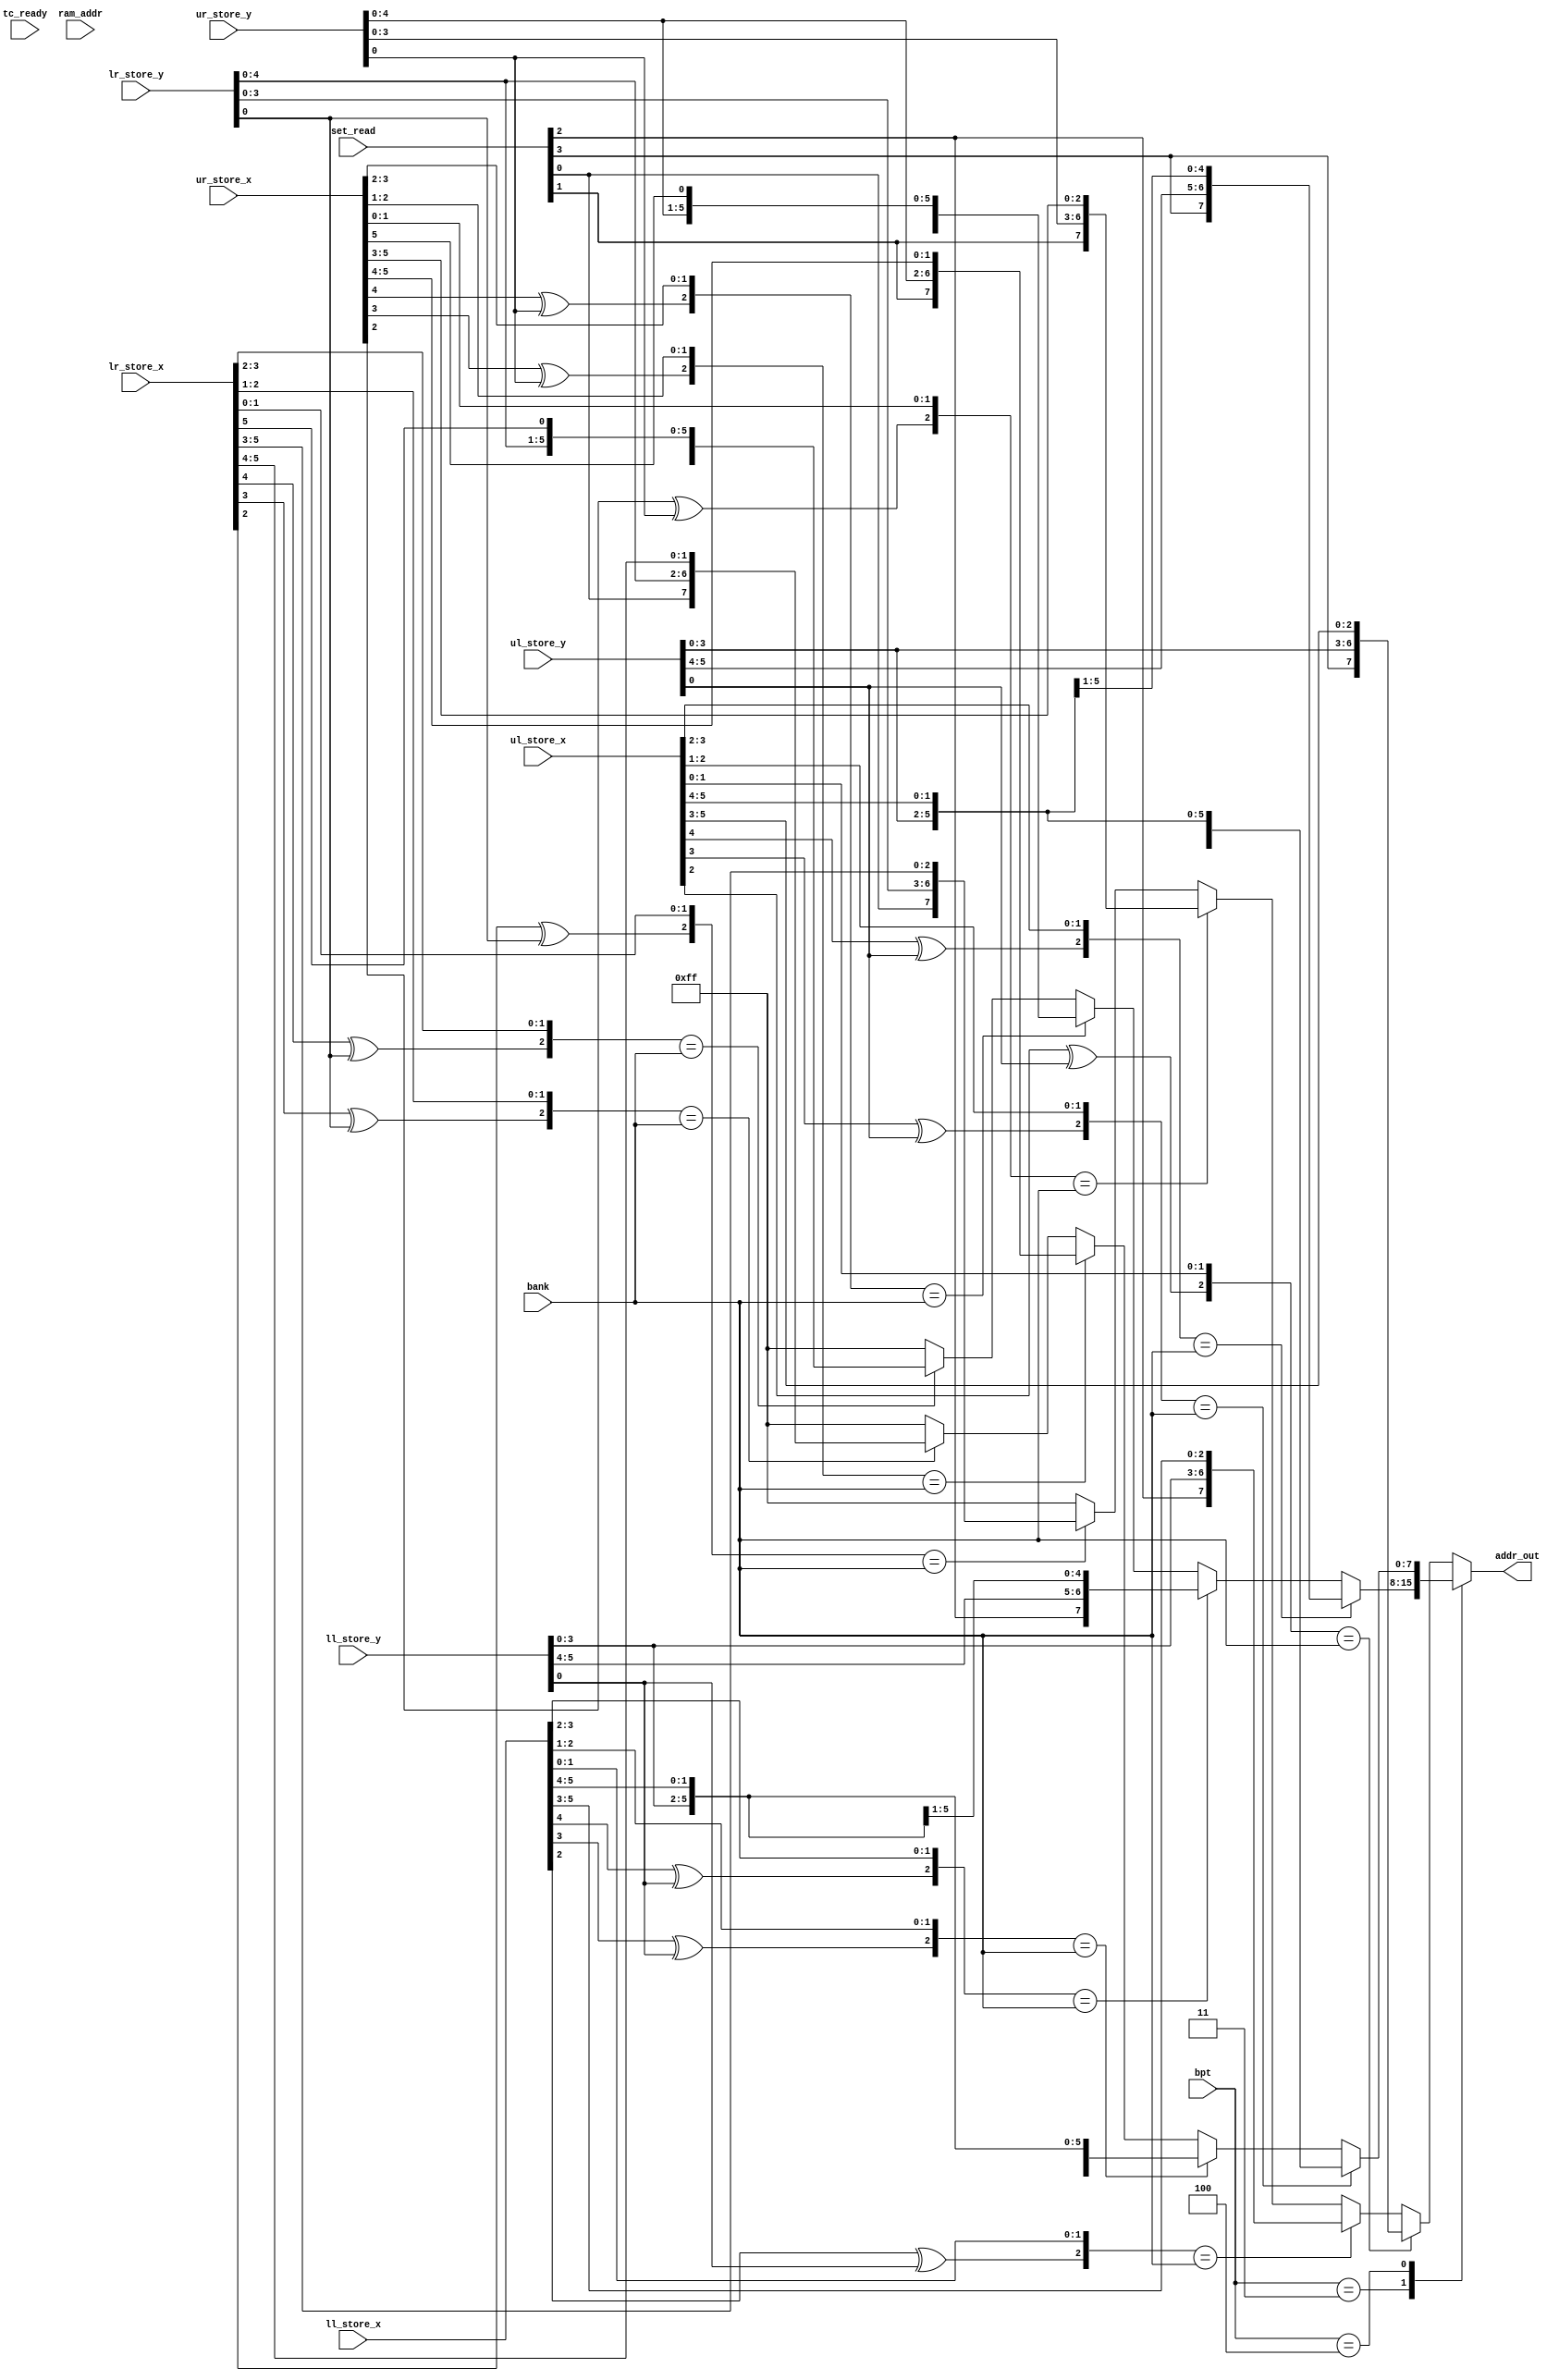
module de3d_tc_mem_if_addr
	(
	input	[8:0]	ul_store_x,	/* UL x address				*/
	input	[8:0]	ul_store_y,	/* UL y address				*/
	input	[8:0]	ll_store_x,	/* LL x address				*/
	input	[8:0]	ll_store_y,	/* LL y address				*/
	input	[8:0]	ur_store_x,	/* UR x address				*/
	input	[8:0]	ur_store_y,	/* UR y address				*/
	input	[8:0]	lr_store_x,	/* LR x address				*/
	input	[8:0]	lr_store_y,	/* LR y address				*/
	input   [2:0]   bank,           /* Bank of ram that we are addressing   */
	input   [2:0]   bpt,            /* Texture map size                     */
	input		tc_ready,	/* Texture cache in read mode		*/
	input	[7:0]	ram_addr,	/* address for exact mode		*/
	input	[3:0]	set_read,	/* selects which set to read.		*/

	output reg	[7:0]	addr_out	/* address to specified RAM		*/
	);

wire           ul_lru_read = set_read[3];
wire           ll_lru_read = set_read[2];
wire           ur_lru_read = set_read[1];
wire           lr_lru_read = set_read[0];

always @* begin
     	case (bpt) /* synopsys parallel_case */
        	/* access a memory location *********************************************/
        	/* 1 bpt ****************************************************************/
        	/* 2 bpt ****************************************************************/
                /* 4 bpt ****************************************************************/
        	/* 8 bpt ****************************************************************/
        	3'h3: 	begin
          			if ({(ul_store_x[4] ^ ul_store_y[0]),ul_store_x[3:2]} == bank) 
					addr_out={ul_lru_read,ul_store_y[5:0],ul_store_x[5]};
          			else if ({(ll_store_x[4] ^ ll_store_y[0]),ll_store_x[3:2]} == bank) 
					addr_out={ll_lru_read,ll_store_y[5:0],ll_store_x[5]};
          			else if ({(ur_store_x[4] ^ ur_store_y[0]),ur_store_x[3:2]} == bank) 
					addr_out={ur_lru_read,ur_store_y[5:0],ur_store_x[5]};
          			else if ({(lr_store_x[4] ^ lr_store_y[0]),lr_store_x[3:2]} == bank) 
					addr_out={lr_lru_read,lr_store_y[5:0],lr_store_x[5]};
				else addr_out = 8'hff;

        		end
        	/* 16 bpt ***************************************************************/
        	3'h4: 	begin
          			if ({(ul_store_x[3] ^ ul_store_y[0]),ul_store_x[2:1]} == bank) 
					addr_out={ul_lru_read,ul_store_y[4:0],ul_store_x[5:4]};

          			else if ({(ll_store_x[3] ^ ll_store_y[0]),ll_store_x[2:1]} == bank) 
					addr_out={ll_lru_read,ll_store_y[4:0],ll_store_x[5:4]};

          			else if ({(ur_store_x[3] ^ ur_store_y[0]),ur_store_x[2:1]} == bank) 
					addr_out={ur_lru_read,ur_store_y[4:0],ur_store_x[5:4]};

          			else if ({(lr_store_x[3] ^ lr_store_y[0]),lr_store_x[2:1]} == bank) 
					addr_out={lr_lru_read,lr_store_y[4:0],lr_store_x[5:4]};

				else addr_out = 8'hff;
        		end
        	/* 32 bpt ***************************************************************/
        	default:
        	 	begin
          			if ({(ul_store_x[2] ^ ul_store_y[0]),ul_store_x[1:0]} == bank) 
					addr_out={ul_lru_read,ul_store_y[3:0],ul_store_x[5:3]};

          			else if ({(ll_store_x[2] ^ ll_store_y[0]),ll_store_x[1:0]} == bank) 
					addr_out={ll_lru_read,ll_store_y[3:0],ll_store_x[5:3]};

          			else if ({(ur_store_x[2] ^ ur_store_y[0]),ur_store_x[1:0]} == bank) 
					addr_out={ur_lru_read,ur_store_y[3:0],ur_store_x[5:3]};

          			else if ({(lr_store_x[2] ^ lr_store_y[0]),lr_store_x[1:0]} == bank) 
					addr_out={lr_lru_read,lr_store_y[3:0],lr_store_x[5:3]};
				else addr_out = 8'hff;
        		end
      		endcase
end

endmodule